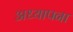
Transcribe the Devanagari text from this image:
अध्यापना